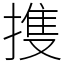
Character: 㨦